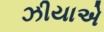
ઝીયાએ